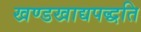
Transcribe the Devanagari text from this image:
खण्डखाद्यपद्धति